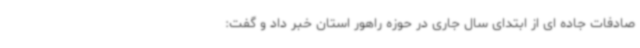
صادفات جاده ای از ابتدای سال جاری در حوزه راهور استان خبر داد و گفت: